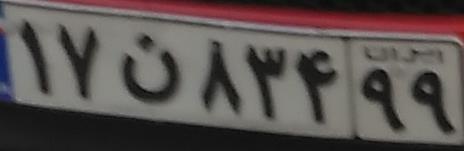
۱۷ن۸۳۴۹۹